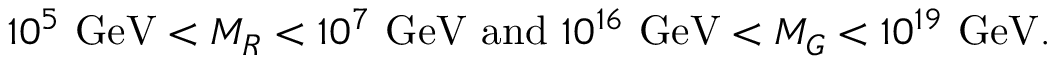
1 0 ^ { 5 } ~ { \mathrm { G e V } } < M _ { R } < 1 0 ^ { 7 } ~ { \mathrm { G e V } } { \mathrm { ~ a n d ~ } } 1 0 ^ { 1 6 } ~ { \mathrm { G e V } } < M _ { G } < 1 0 ^ { 1 9 } ~ { \mathrm { G e V } } .